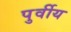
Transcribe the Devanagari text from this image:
पुर्वीय